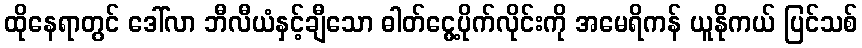
ထိုနေရာတွင် ဒေါ်လာ ဘီလီယံနှင့်ချီသော ဓါတ်ငွေ့ပိုက်လိုင်းကို အမေရိကန် ယူနိုကယ် ပြင်သစ်